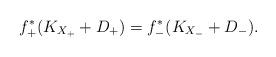
LaTeX: \begin{align*}f_+^*(K_{X_+}+D_+)=f_-^*(K_{X_-}+D_-).\end{align*}